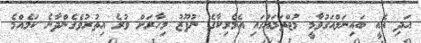
އަދި އެއީ ބައިނަލްއަގުވާމީ މުޖްތަމައުގައި އެމެރިކާގެ ނުފޫޒު މިހާރަށް ވުރެ އިތުރުވެގެންދާނެ ކަމެއްމެ